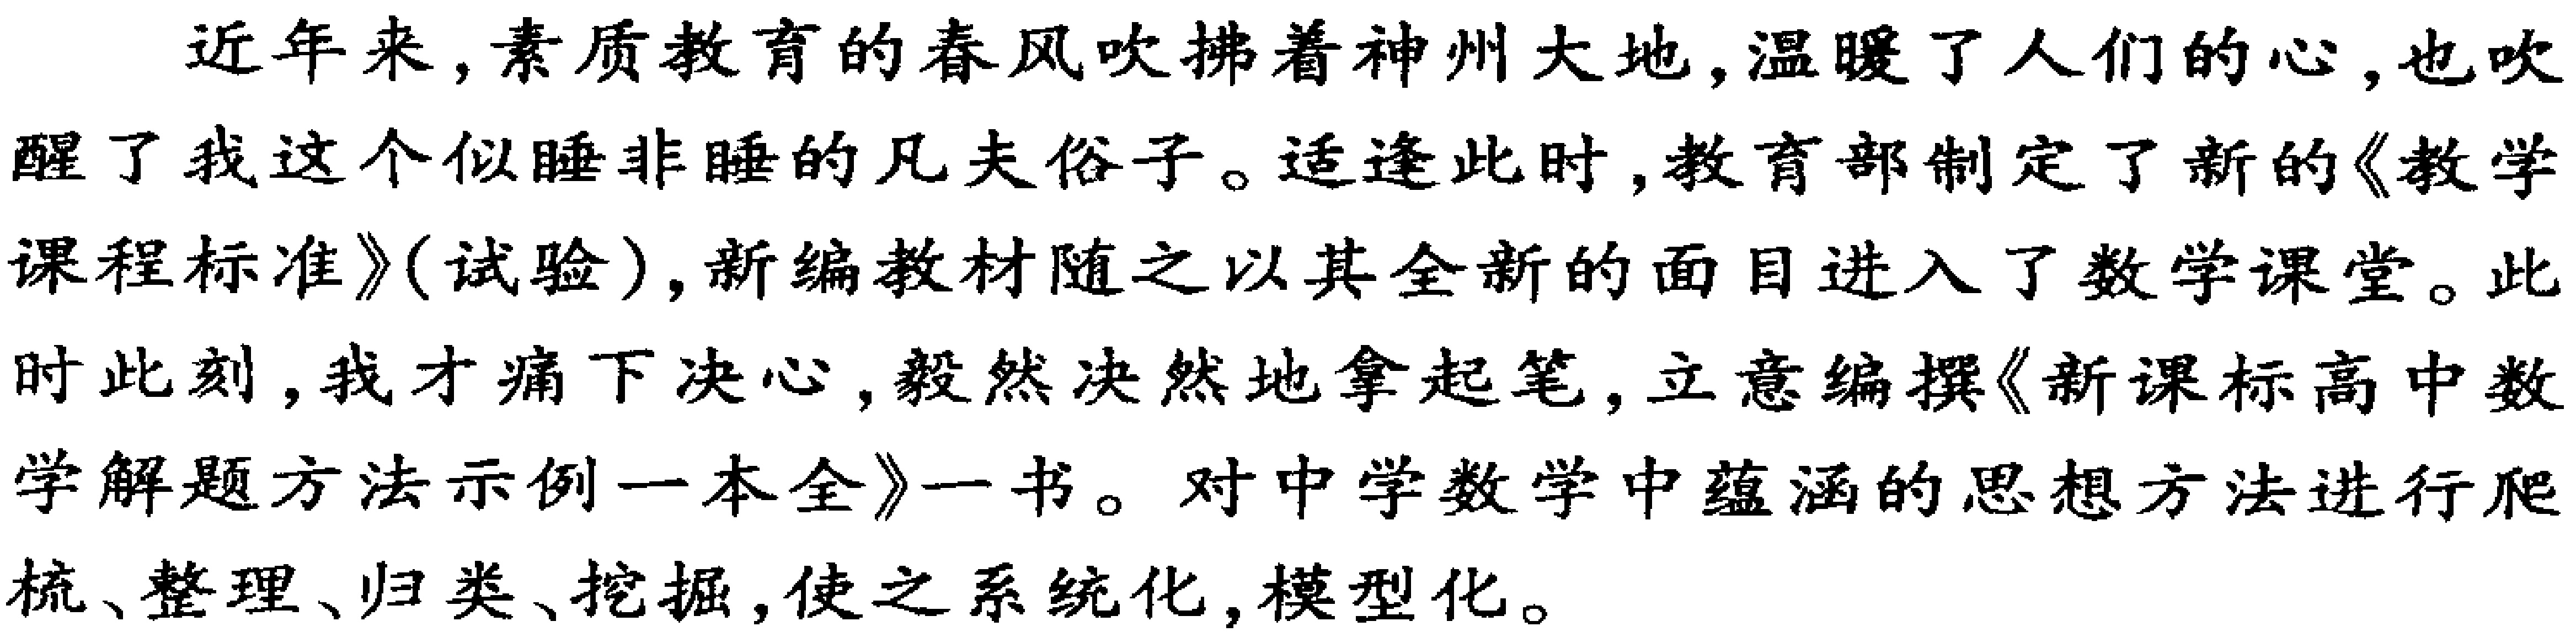
近年来，素质教育的春风吹拂着神州大地，温暖了人们的心，也吹
醒了我这个似睡非睡的凡夫俗子。适逢此时，教育部制定了新的《教学
课程标准》(试验)，新编教材随之以其全新的面目进入了数学课堂。此
时此刻，我才痛下决心，毅然决然地拿起笔，立意编撰《新课标高中数
学解题方法示例一本全》一书。对中学数学中蕴涵的思想方法进行爬
梳、整理、归类、挖掘，使之系统化，模型化。